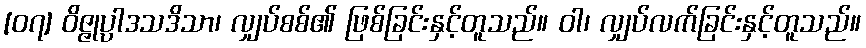
[၀၇] ဝိဇ္ဇုပ္ပာဒသဒိသာ၊ လျှပ်စစ်၏ ဖြစ်ခြင်းနှင့်တူသည်။ ဝါ၊ လျှပ်လက်ခြင်းနှင့်တူသည်။